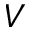
V